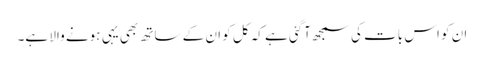
ان کو اس بات کی سمجھ آگئی ہے کہ کل کو ان کے ساتھ بھی یہی ہونے والا ہے۔